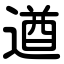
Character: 遒